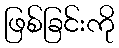
ဖြစ်ခြင်းကို